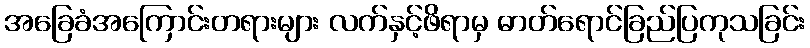
အခြေခံအကြောင်းတရားများ လက်နှင့်ဖိရာမှ ဓာတ်ရောင်ခြည်ပြကုသခြင်း